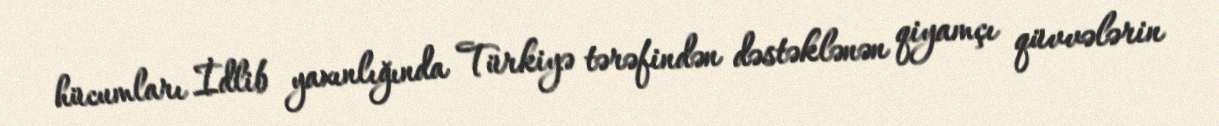
hücumları İdlib yaxınlığında Türkiyə tərəfindən dəstəklənən qiyamçı qüvvələrin